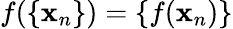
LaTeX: f(\{ \mathbf{x}_{n}\} )=\{ f(\mathbf{x}_{n})\}